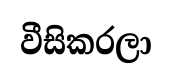
වීසිකරලා